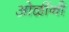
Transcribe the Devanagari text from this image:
ओळींनी